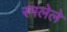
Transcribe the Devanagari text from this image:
रमलेले